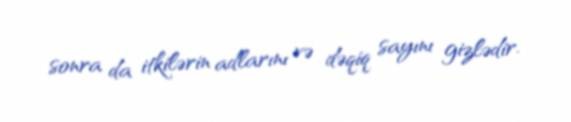
sonra da itkilərin adlarını və dəqiq sayını gizlədir.